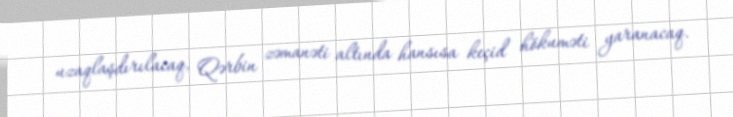
uzaqlaşdırılacaq, Qərbin zəmanəti altında hansısa keçid hökuməti yaranacaq.